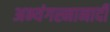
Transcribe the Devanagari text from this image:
अभ्यंगस्नानादी